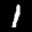
Label: 1